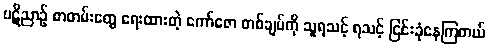
ပဋိညာဉ် စာတမ်းတွေ ရေးထားတဲ့ ကော်ဇော တစ်ချပ်ကို သူရသင့် ရသင့် ငြင်းခုံနေကြတယ်